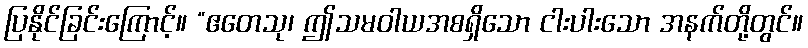
ပြနိုင်ခြင်းကြောင့်။ “ဧတေသု၊ ဤသမဝါယအစရှိသော ငါးပါးသော အနက်တို့တွင်။